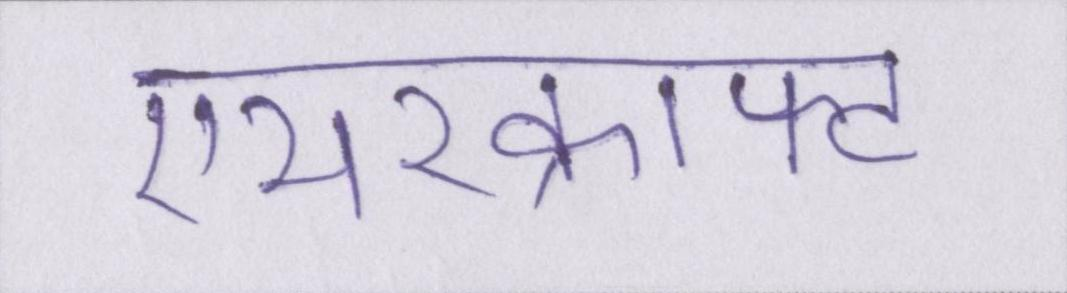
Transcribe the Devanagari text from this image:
एयरक्राफ्ट